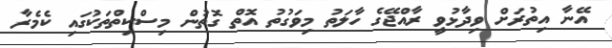
އޭނާ އިތުރަށް ވިދާޅުވީ ރާއްޖޭގެ ހާލަތު މިވަގުތު އޮތް ގޮތުން މިސްކިތްތަކުގައި ކެމެރާ